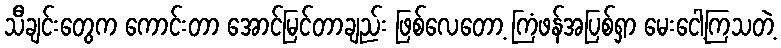
သီချင်းတွေက ကောင်းတာ အောင်မြင်တာချည်း ဖြစ်လေတော့ ကြံဖန်အပြစ်ရှာ မေးငေါ့ကြသတဲ့